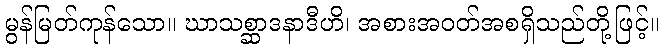
မွန်မြတ်ကုန်သော။ ဃာသစ္ဆာဒနာဒီဟိ၊ အစားအဝတ်အစရှိသည်တို့ဖြင့်။